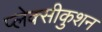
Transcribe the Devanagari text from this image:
प्लेक्सीकुशन